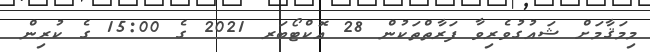
މިމަޤާމަށް ޝައުގުވެރިވާ ފަރާތްތަކުން 28 އޮކްޓޯބަރ 2021 ގެ 15:00 ގެ ކުރިން